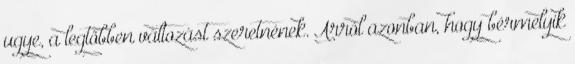
ugye, a legtöbben változást szeretnének. Arról azonban, hogy bérmelyik